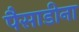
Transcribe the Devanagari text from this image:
पैसाडीना